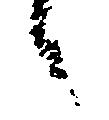
之